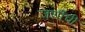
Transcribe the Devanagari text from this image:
जशींची